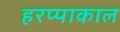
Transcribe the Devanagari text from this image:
हरप्पाकाल